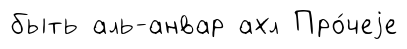
быть аль-анвар ахл Про́чеjе